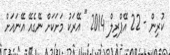
ކުރިން - 22 އޭޕްރިލް 2014 " އޭރަކު މަށަކަށް ނޭގެއޭ އޭނައަށް